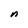
Character: n